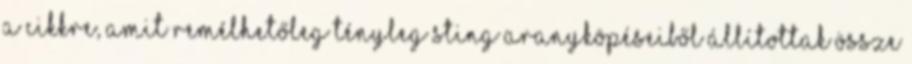
a cikkre, amit remélhetőleg tényleg Sting aranyköpéseiből állítottak össze